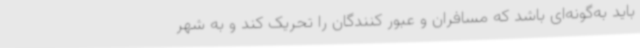
باید به‌گونه‌ای باشد که مسافران و عبور کنندگان را تحریک کند و به شهر